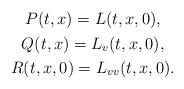
LaTeX: \begin{align*}\begin{gathered}P(t, x) = L(t, x,0),\\Q(t, x) = L_{v}(t, x,0),\\R(t, x,0) = L_{vv}(t, x,0).\end{gathered}\end{align*}